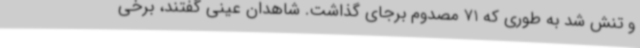
و تنش شد به طوری که 71 مصدوم برجای گذاشت. شاهدان عینی گفتند، برخی